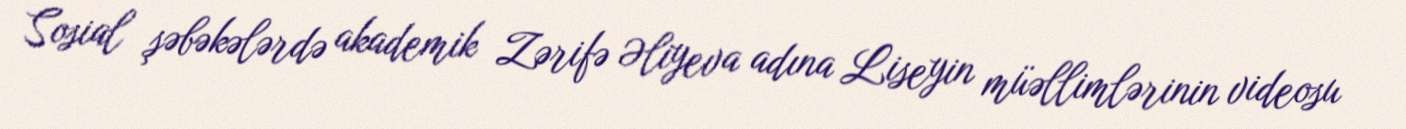
Sosial şəbəkələrdə akademik Zərifə Əliyeva adına Liseyin müəllimlərinin videosu